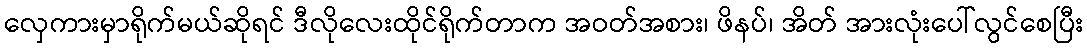
လှေကားမှာရိုက်မယ်ဆိုရင် ဒီလိုလေးထိုင်ရိုက်တာက အဝတ်အစား၊ ဖိနပ်၊ အိတ် အားလုံးပေါ်လွင်စေပြီး